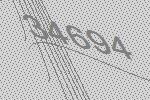
34694